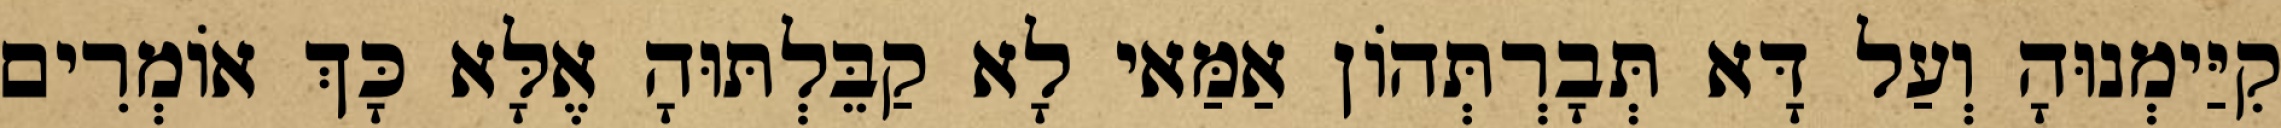
קִיַּימְנוּהָ וְעַל דָּא תְּבָרְתְּהוֹן אַמַּאי לָא קַבֵּלְתּוּהָ אֶלָּא כָּךְ אוֹמְרִים